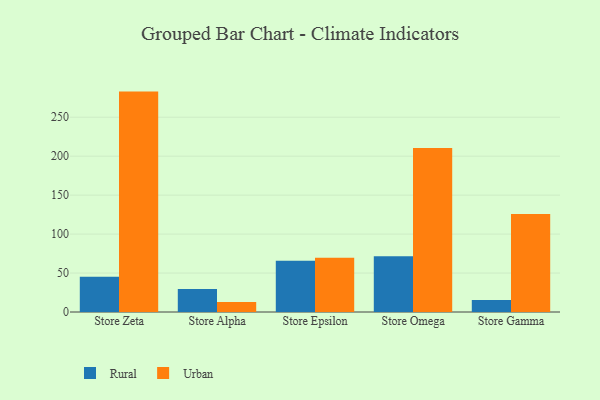
{"axis": {"x": "Store", "y": "Market Share (%)"}, "legend": ["Rural", "Urban"], "data": [{"x": "Store Zeta", "y": 45.1, "type": "Rural"}, {"x": "Store Zeta", "y": 282.9, "type": "Urban"}, {"x": "Store Alpha", "y": 29.5, "type": "Rural"}, {"x": "Store Alpha", "y": 12.9, "type": "Urban"}, {"x": "Store Epsilon", "y": 65.9, "type": "Rural"}, {"x": "Store Epsilon", "y": 69.5, "type": "Urban"}, {"x": "Store Omega", "y": 71.7, "type": "Rural"}, {"x": "Store Omega", "y": 210.5, "type": "Urban"}, {"x": "Store Gamma", "y": 15.3, "type": "Rural"}, {"x": "Store Gamma", "y": 125.7, "type": "Urban"}]}